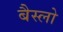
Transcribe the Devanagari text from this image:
बैस्लो